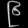
Digit: ၉